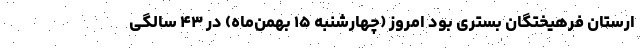
ارستان فرهیختگان بستری بود امروز (چهارشنبه ۱۵ بهمن‌ماه) در ۴۳ سالگی